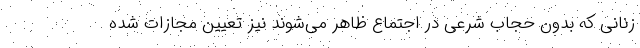
زنانی که بدون حجاب شرعی در اجتماع ظاهر می‌شوند نیز تعیین مجازات شده